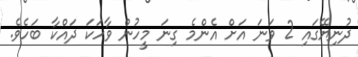
ދުނިޔޭގައި 2 ވަނަ އަށް އެންމެ ގިނަ މީހުން ވާހަކަ ދައްކާ ބަހެވެ.